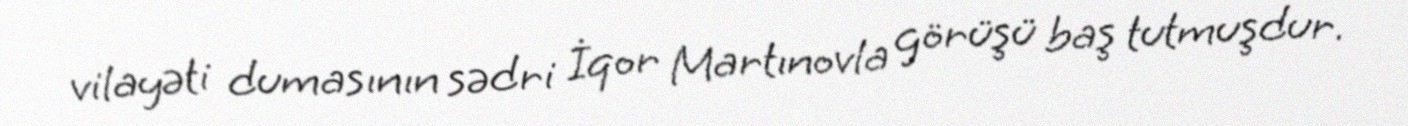
vilayəti dumasının sədri İqor Martınovla görüşü baş tutmuşdur.